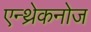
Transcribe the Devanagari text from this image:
एन्थ्रेकनोज